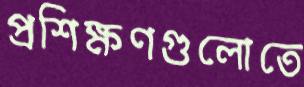
প্রশিক্ষণগুলোতে